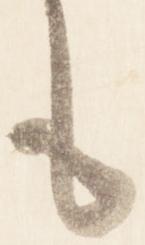
も